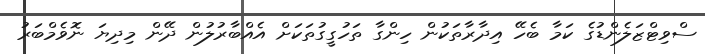
ސްވިޓްޒަލެންޑުގެ ކަމާ ބެހޭ އިދާރާތަކުން ހިންގާ ތަހުގީގުތަކަށް އެއްބާރުލުން ދޭން މިދިޔަ ނޮވެމްބަރު